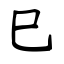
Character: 巳